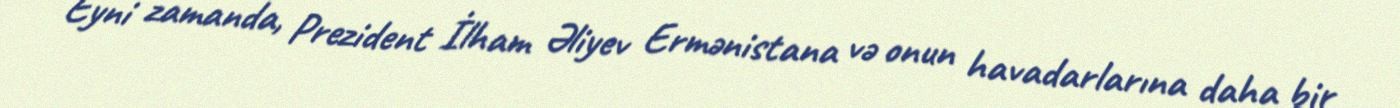
Eyni zamanda, Prezident İlham Əliyev Ermənistana və onun havadarlarına daha bir